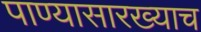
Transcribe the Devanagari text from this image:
पाण्यासारख्याच